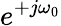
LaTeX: e^{+j\omega_{0}}